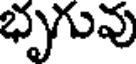
భృగువు